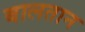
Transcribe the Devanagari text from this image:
बालतान